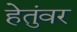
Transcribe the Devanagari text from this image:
हेतुंवर